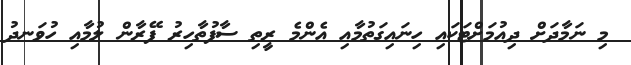
މި ނަމާދަށް ދިއުމަށްޓަކައި ހިނައިގަތުމާއި އެންމެ ރީތި ސާފުތާހިރު ފޭރާން ލުމާއި ހުވަނދު